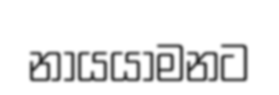
නායයාමනට